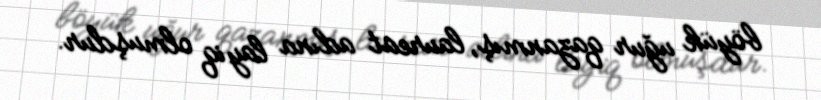
böyük uğur qazanmış, laureat adına layiq olmuşdur.